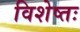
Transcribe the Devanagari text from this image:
विशेष्तः